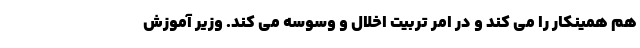
هم همینکار را می کند و در امر تربیت اخلال و وسوسه می کند. وزیر آموزش